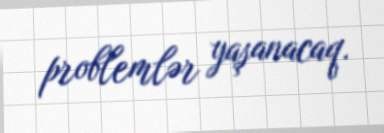
problemlər yaşanacaq.